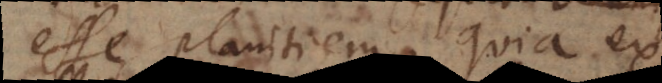
esse planitiem, quia ex